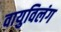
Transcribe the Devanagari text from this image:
वायुविलंग